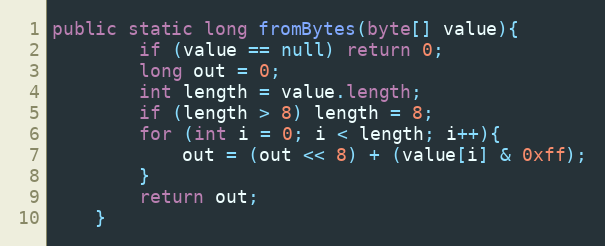
Language: Java
public static long fromBytes(byte[] value){
        if (value == null) return 0;
        long out = 0;
        int length = value.length;
        if (length > 8) length = 8;
        for (int i = 0; i < length; i++){
            out = (out << 8) + (value[i] & 0xff);
        }
        return out;
    }